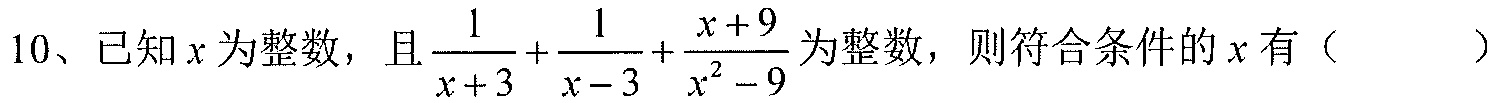
10、已知\(x\)为整数，且\(\frac{1}{x + 3}+\frac{1}{x - 3}+\frac{x + 9}{x^{2}-9}\)为整数，则符合条件的\(x\)有（  ）